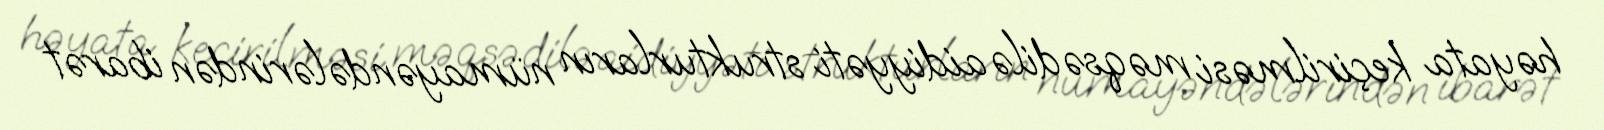
həyata keçirilməsi məqsədilə aidiyyəti strukturların nümayəndələrindən ibarət